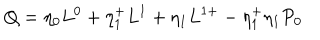
Q = \eta _ { 0 } L ^ { 0 } + \eta _ { 1 } ^ { + } L ^ { 1 } + \eta _ { 1 } L ^ { 1 + } - \eta _ { 1 } ^ { + } \eta _ { 1 } { \cal { P } } _ { 0 }